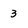
Character: 3